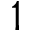
1